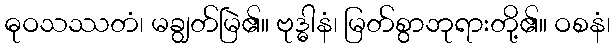
ဓုဝသဿတံ၊ မချွတ်မြဲ၏။ ဗုဒ္ဓါနံ၊ မြတ်စွာဘုရားတို့၏။ ဝစနံ၊